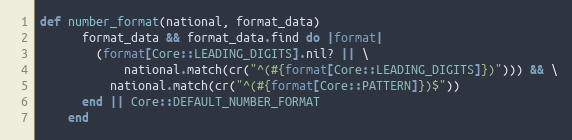
Language: Ruby
def number_format(national, format_data)
      format_data && format_data.find do |format|
        (format[Core::LEADING_DIGITS].nil? || \
            national.match(cr("^(#{format[Core::LEADING_DIGITS]})"))) && \
          national.match(cr("^(#{format[Core::PATTERN]})$"))
      end || Core::DEFAULT_NUMBER_FORMAT
    end